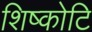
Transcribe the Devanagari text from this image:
शिष्कोटि